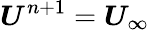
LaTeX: \boldsymbol{U}^{n+1}=\boldsymbol{U}_{\infty}